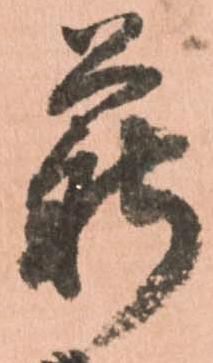
薪